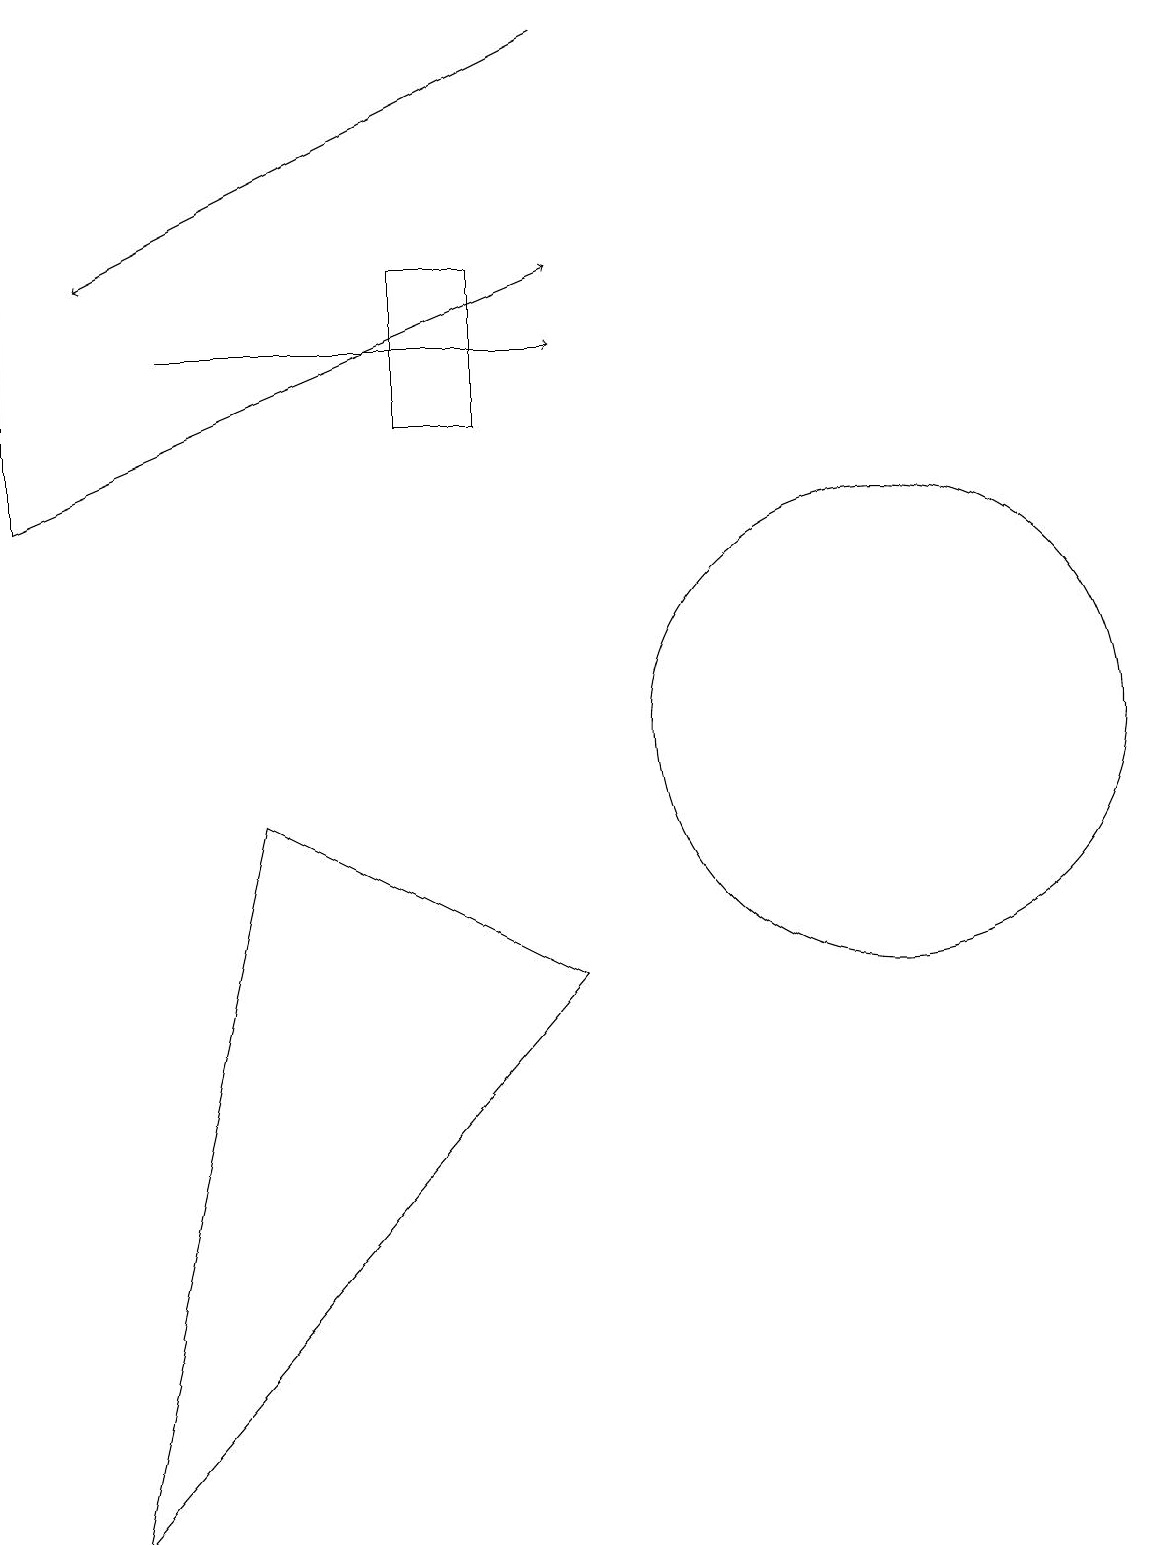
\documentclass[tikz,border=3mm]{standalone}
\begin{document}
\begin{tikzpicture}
\draw (11,10) circle (3);
\draw (6,16) rectangle (5,14);
\draw[->] (0,13) -- (7,16);
\draw (3,9) -- (7,7) -- (1,0) -- cycle;
\draw[->] (2,15) -- (7,15);
\draw[->] (7,19) -- (1,16);
\draw[->] (0,13) -- (0,18);
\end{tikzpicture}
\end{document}